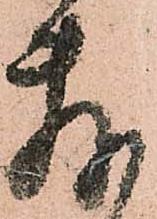
敷